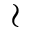
\wr